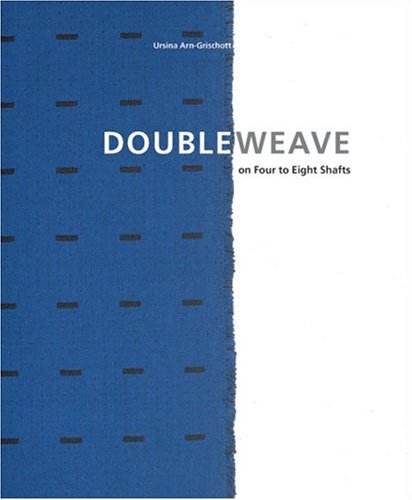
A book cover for Doubleweave: On Four to Eight Shafts; Ursina Arn-Grischott; Crafts, Hobbies & Home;